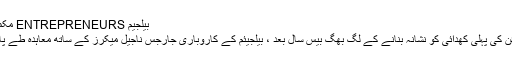
بیلجیم ENTREPRENEURS مکمل
لائن کی پہلی کھدائی کو نشانہ بنانے کے لگ بھگ بیس سال بعد ، بیلجیئم کے کاروباری جارجس ناجیل میکرز کے ساتھ معاہدہ طے پایا۔